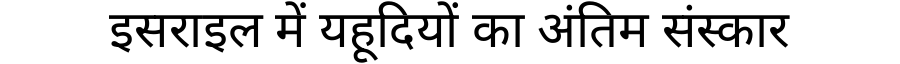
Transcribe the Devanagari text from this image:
इसराइल में यहूदियों का अंतिम संस्कार